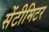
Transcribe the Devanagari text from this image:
सेंटीमिटर